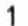
1